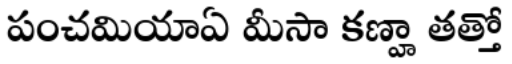
పంచమియాఏ మీసా కణ్హా తత్తో